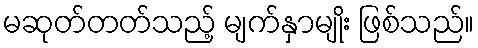
မဆုတ်တတ်သည့် မျက်နှာမျိုး ဖြစ်သည်။